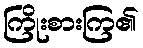
ကြိုးစားကြ၏